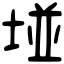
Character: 𡌶